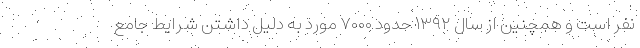
نفر است و همچنین از سال ۱۳۹۲ حدود ۷۰۰۰ مورد به دلیل داشتن شرایط جامع